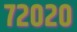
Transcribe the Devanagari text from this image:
७२०२०